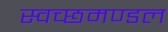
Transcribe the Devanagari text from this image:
स्‍वच्‍छमण्‍डल